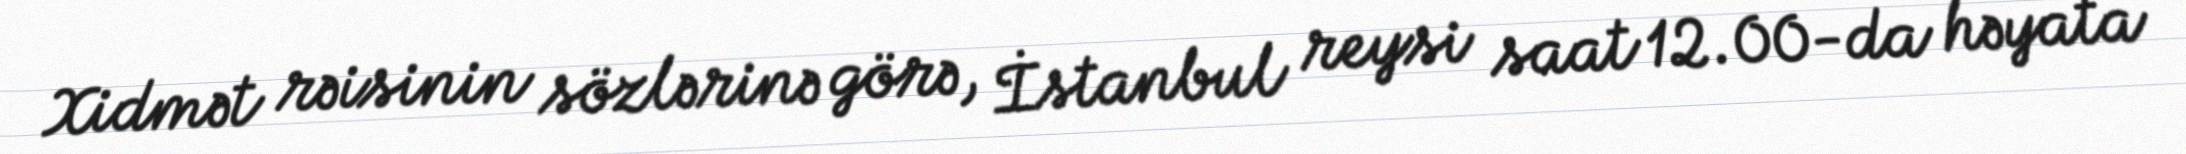
Xidmət rəisinin sözlərinə görə, İstanbul reysi saat 12.00-da həyata